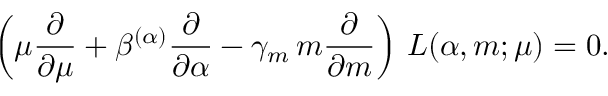
\left( \mu \frac { \partial } { \partial \mu } + \beta ^ { ( \alpha ) } \frac { \partial } { \partial \alpha } - \gamma _ { m } \, m \frac { \partial } { \partial m } \right) \, { \cal L } ( \alpha , m ; \mu ) = 0 .